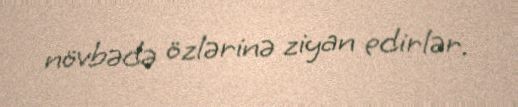
növbədə özlərinə ziyan edirlər.